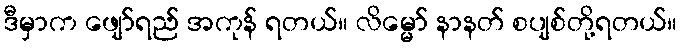
ဒီမှာက ဖျော်ရည် အကုန် ရတယ်။ လိမ္မော် နာနတ် စပျစ်တို့ရတယ်။